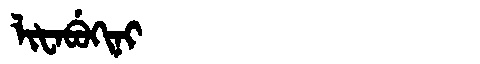
Manchu: ᠯᡳᡶᠠᠪᡠᡴᡳᠨᡳ
Romanization: LIFABUKINI